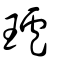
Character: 瓐